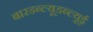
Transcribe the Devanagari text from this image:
बारडब्ल्यूडब्ल्यूई